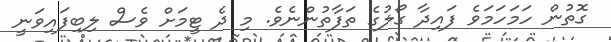
ގޮތުން ހަމަހަމަވެ ފައިދާ ގޯލުގެ ތަފާތުންނެވެ. މި ދެ ޓީމަށް ވެސް ލިބިފައިވަނީ